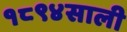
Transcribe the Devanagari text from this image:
१८९४साली